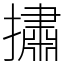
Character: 㩋